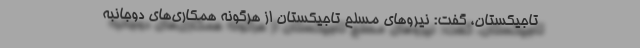
تاجیکستان، گفت: نیرو‌های مسلح تاجیکستان از هرگونه همکاری‌های دوجانبه